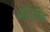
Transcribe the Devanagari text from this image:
नोमैड